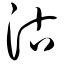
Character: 沽